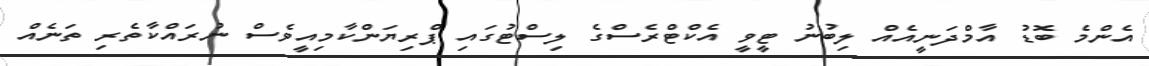
އެންމެ ބޮޑު އާމްދަނީއެއް ލިބުނު ޓީވީ އެކްޓްރެސްގެ ލިސްޓުގައި ޕްރިޔަންކާމިއީވެސް ނުރައްކާތެރި ތަނެއް